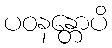
ပဝနန္တောပိ